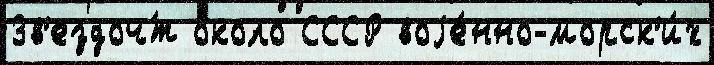
Зв'ездоч́т о́коло СССР воjе́нно-морск'и́х